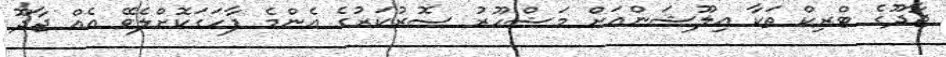
ޖާދޫގެ ޓްރިކް ތަކާ އިލޫޝަންއަށް މަޝްހޫރު ސޮރުކަރުގެ އެންމެ ފާހަގަކޮށްލެވޭ އެއް ޖާދޫ